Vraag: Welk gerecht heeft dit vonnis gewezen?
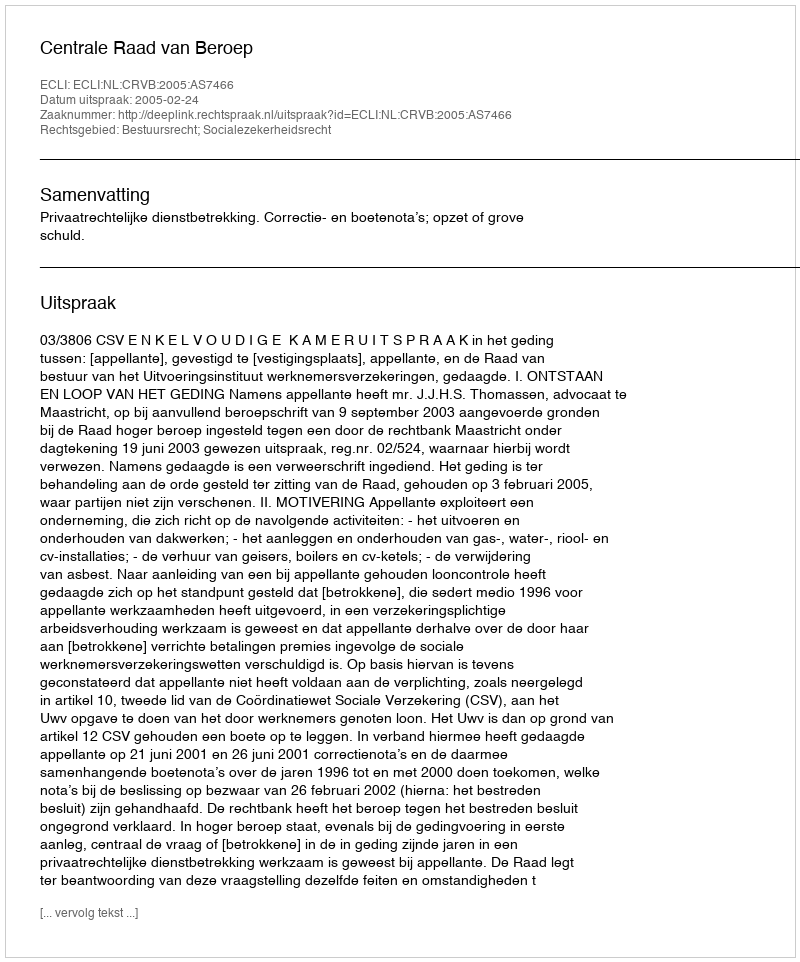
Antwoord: Centrale Raad van Beroep